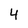
Character: 4